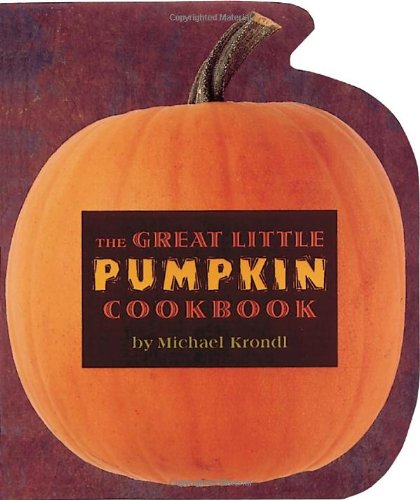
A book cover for The Great Little Pumpkin Cookbook; Michael Krondl; Cookbooks, Food & Wine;